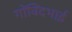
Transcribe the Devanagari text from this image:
गोंविंदभाई